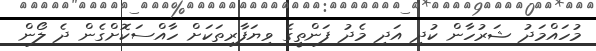
މުހައްމަދު ޝަރުހާން ކުދި އަދި މެދު ފަންތީގެ ވިޔަފާރިތަކަށް ހާއްސަކޮށްގެން ދެ ލޯން